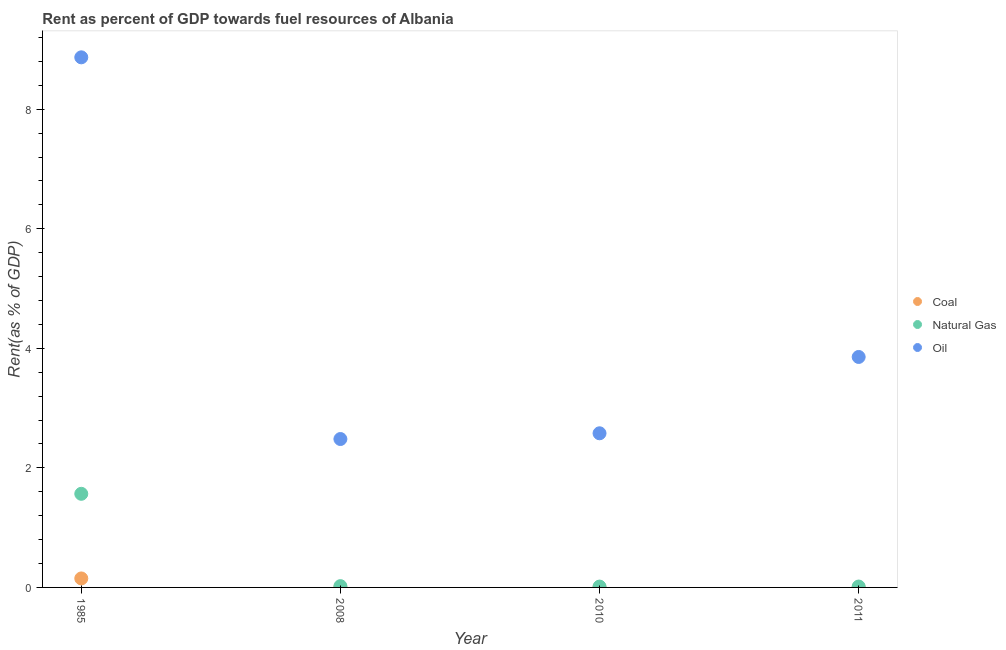
| Year | Coal | Natural Gas | Oil |
 | --- | --- | --- | --- |
 | 1985 | 0.15 | 1.57 | 8.87 |
 | 2008 | 0.00292 | 0.0215 | 2.48 |
 | 2010 | 0.000126 | 0.0141 | 2.58 |
 | 2011 | 0.000253 | 0.0147 | 3.86 |